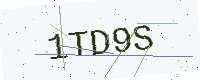
Text: 1TD9S